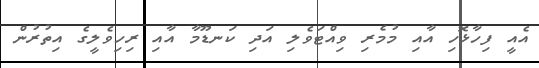
އެއީ ފިހާޅޮހި އާއި މުމެރި ވިއްޓަވެލި އަދި ކަނޑޫމާ އާއި ރިހިވެލީގެ އިތުރުން